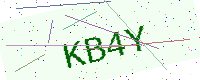
Text: KB4Y